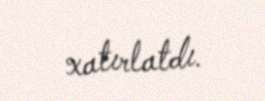
xatırlatdı.